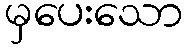
မှပေးသော